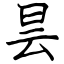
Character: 昙